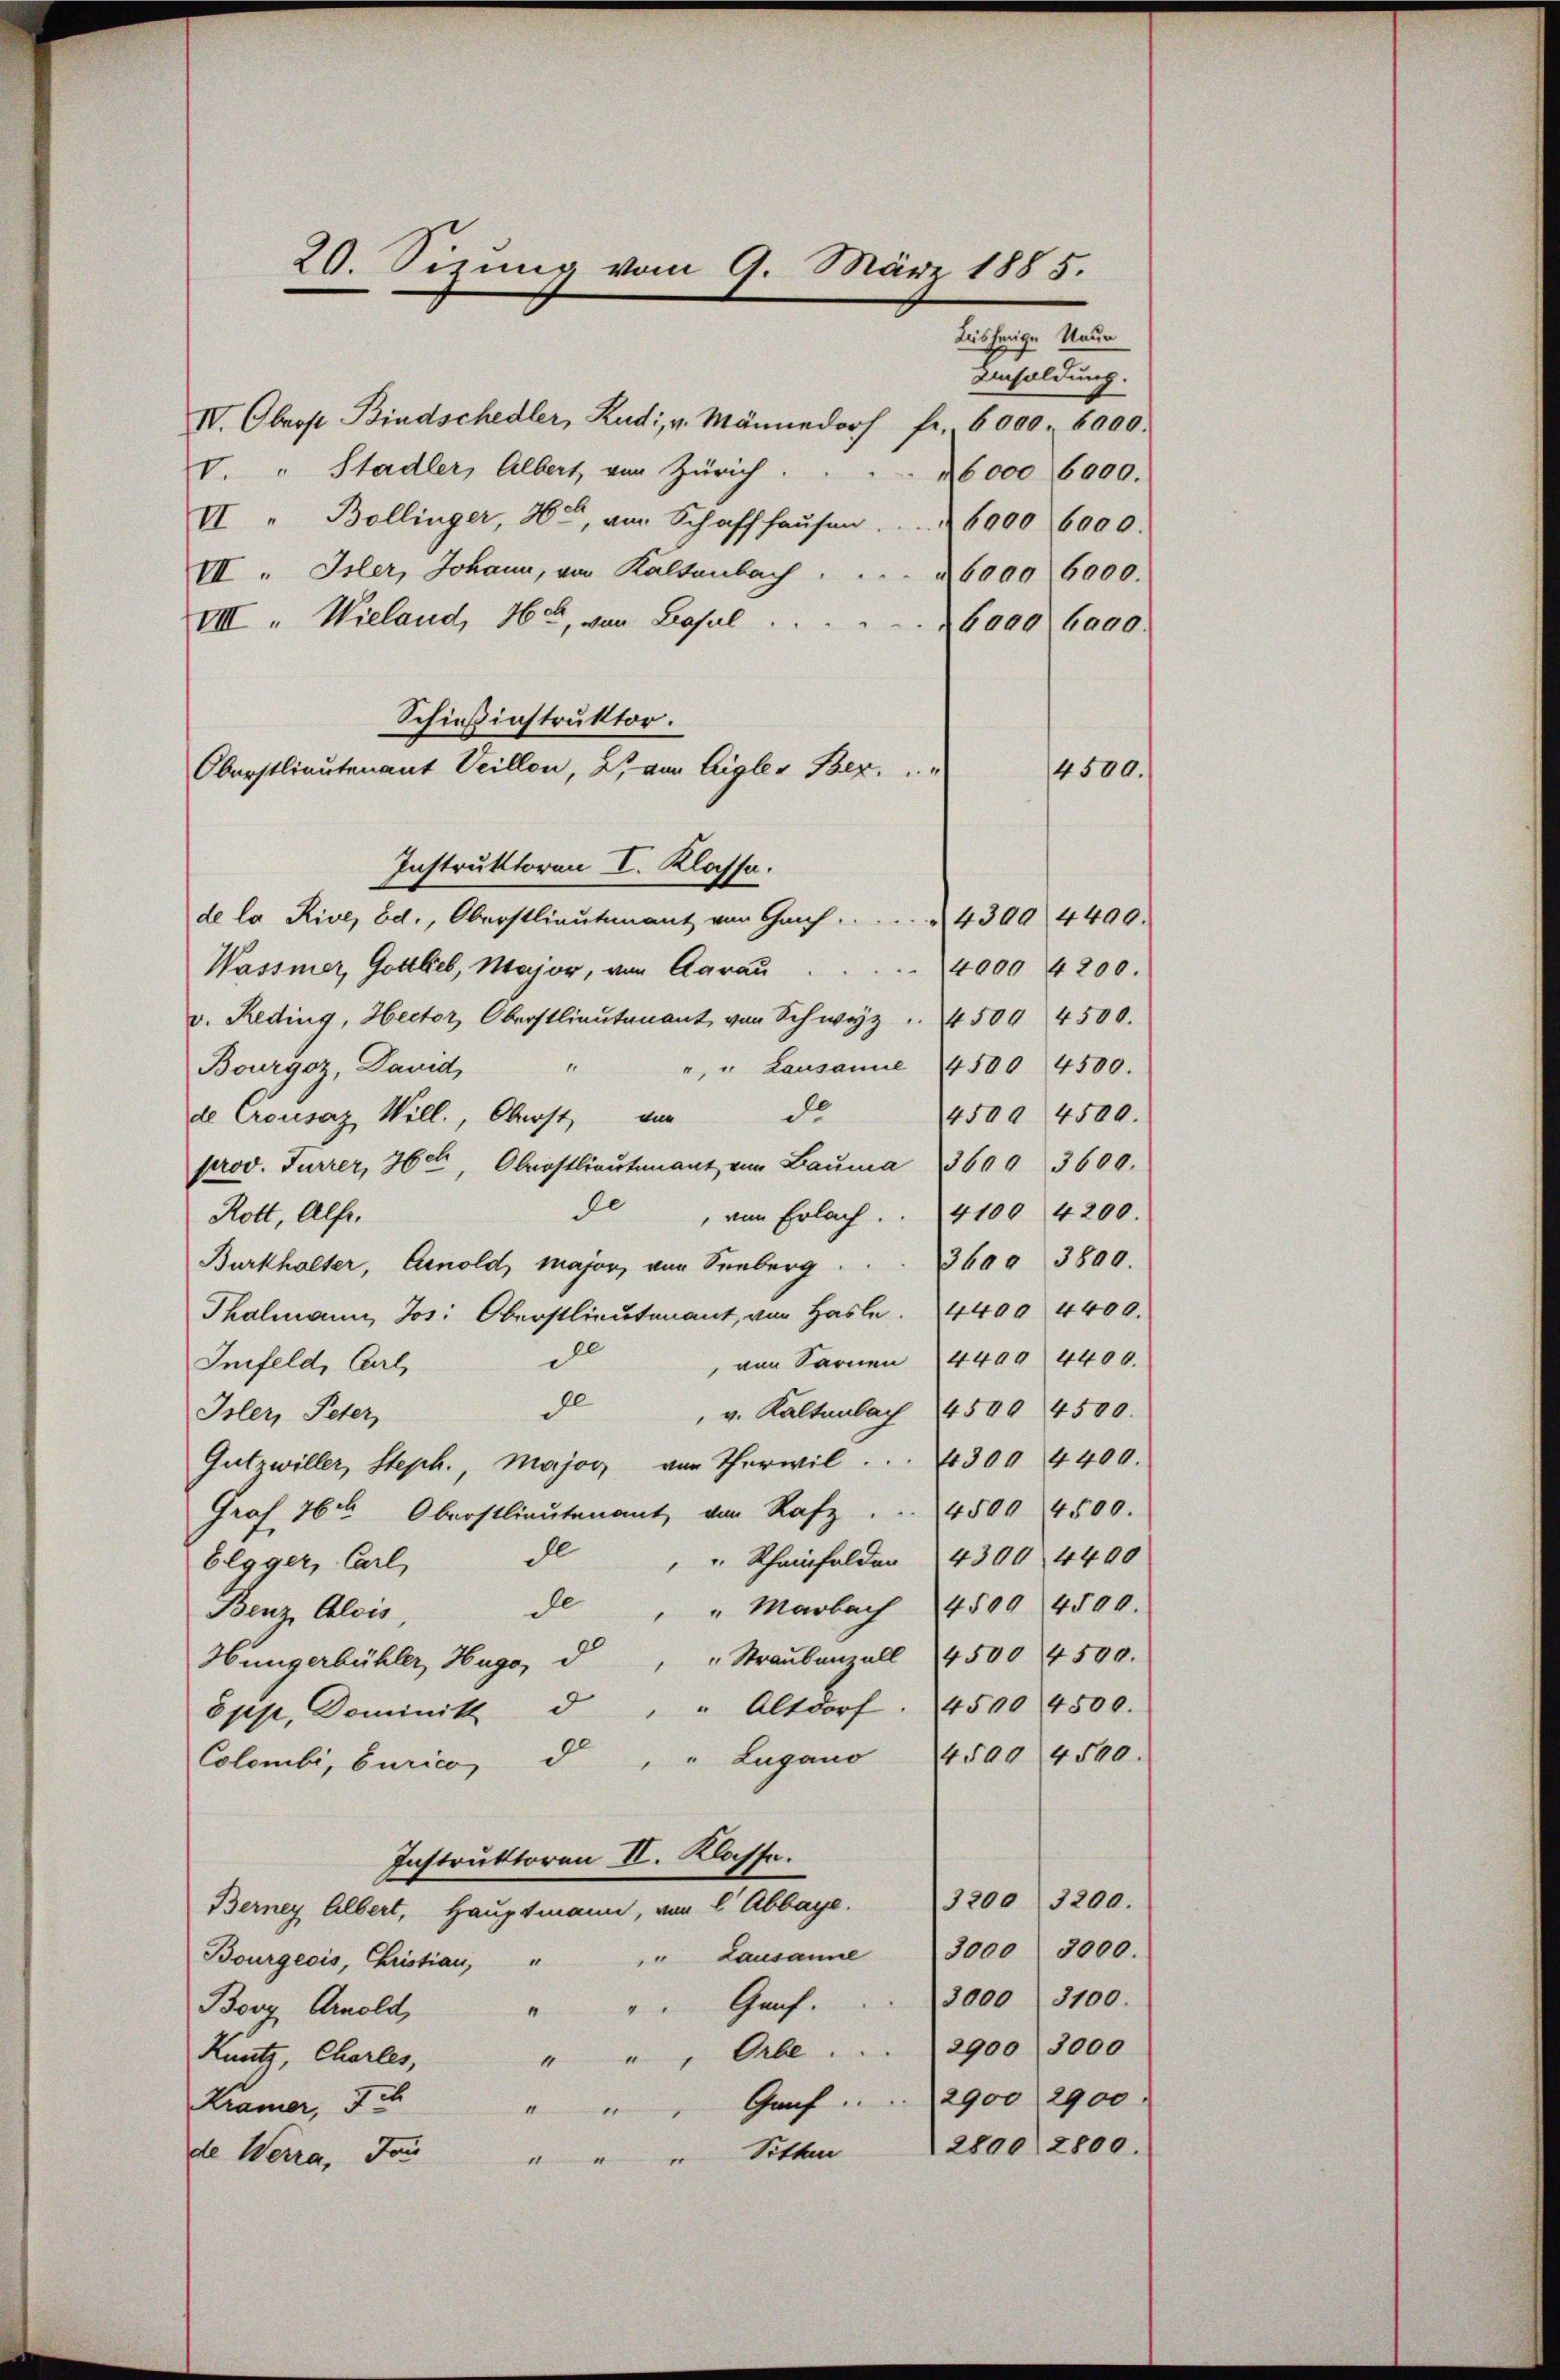
20. Sizung vom 9. März 1885.
bisherige Neue

Ansoldung.
IV. Oberst Bindschedler, Rudi v. Männedorf fr. 6000. 6000.
V. " Stadler, Albert von Zürich
6000 6000.
VI " Bollinger, 46, von Schaffhaŭsen . . . . 6000 6000.
VII. Isler, Johann, von Kaltenbach
a 6000 6000.
VIII. Wieland, 46, von Lasul
6000 6000
Schießinstruktor.
Oberstlieutenant Veillon, 2. von Aigler Bez. " "
14500.
Instruktoren I. Klasse.
de la Rive, Bd., Oberstlieutenant von Gauf.  ..  .. . . . . 4300 4400.
Wassmer, Gottlieb, Major, von Aarau
4000 4200.
v. Reding, Hector Oberstlieutenant von Schwyz . 4500 4500.
", " Lausanne 4500 4500.
Bourgoz, David,
.
de
450. 4500.
de Crousaz Will., Oberst, von
prov. Furrer, Hch. Oberstlieutenant von Baŭma 3600 3600.
e
 von Erlach. . 4100 4200.
Rott, Alfr.
3600 3800.
Burkhalter, Arnold, Major, von Seeberg
Thalmann, Jos: Oberstlieutenant, von Hasle. 4400 4400.
de
 von Sarnen 4400 4400.
Infeld, Carl,
dl
 v. Kaltenbach 4500 4500.
Iser, Peter,
Gutrwiller, Steph. Major, von Therwil . . . 300 4400.
Graf 76.t Oberstlieutenant von Rafz . . 4500 4500.
de
" Rheinfelden 4300 4400
Elgger, Carl,
de
" " Marbach 4500 4500.
Benz, Alois
Hungerbühler, Hugo, d " " Straŭbenzell 4500 4500.
öpp, Dominik d " " Altdorf. 4500 4500.
Colombi, Curico d " " Lugano 4500 4500.
Instruktoren II. Klasse.
Berney Albert, Haŭptmann, von C Abbaye. 3200 3200.
" Lausanne 3000 3000.
Bourgeois, Christian, "
3000 3100.
Genf.
“
Borg Arnold,
" " " Orbe . . . 2900 3000
Kuntr, Charles,
Graf              2900 2900
Kramer, Ju
1
2800 2800.
Sitten
de Werra, Jan
“